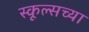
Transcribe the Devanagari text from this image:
स्कूल्सच्या